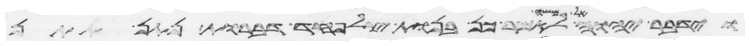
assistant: וידבר יהוה אל משה לאמר כן בנות צלפחד דברות נתן